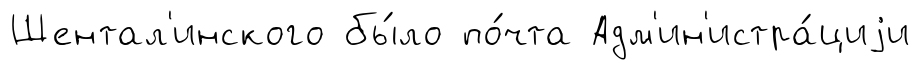
Шентал'инского бы́ло по́чта Адм'ин'истра́циjи